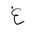
Letter: _gayn